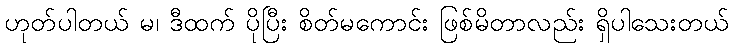
ဟုတ်ပါတယ် မ၊ ဒီထက် ပိုပြီး စိတ်မကောင်း ဖြစ်မိတာလည်း ရှိပါသေးတယ်